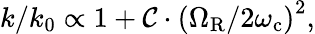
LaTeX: {k}/{k_{0}}\propto 1+\mathcal{C}\cdot\left({\Omega_{\mathrm{R}}}/{2\omega_{\mathrm{c}}}\right)^{2},